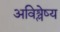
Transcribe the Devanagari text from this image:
अविश्लेष्य